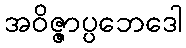
အဝိဇ္ဇာပ္ပဘေဒေါ